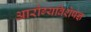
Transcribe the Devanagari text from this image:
आरोग्यविशेषज्ञ